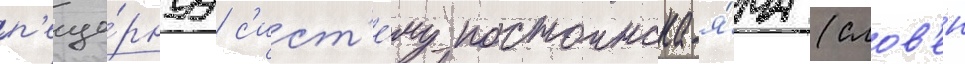
п'еще́рнуу с'ист'е́му постоинска-я́ма (слов'ен